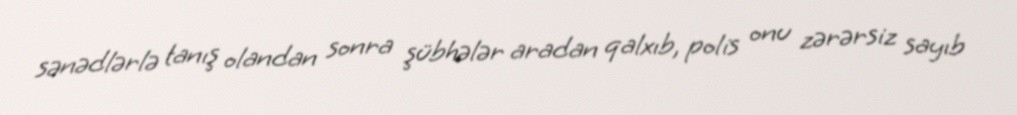
sənədlərlə tanış olandan sonra şübhələr aradan qalxıb, polis onu zərərsiz sayıb